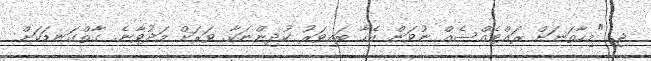
ޖ. "މިހާތަނަށް ރައްޓެއްސެއް ނުވަން އެހާ ބައިވަރު ކުދިންނަކާ. ވަރަށް މަދުވާނެ. ގާތްގަނޑަކަށް